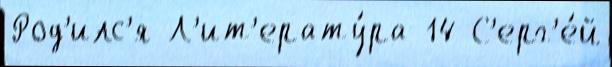
Род'илс'я Л'ит'ерату́ра 14 С'ерг'е́й